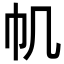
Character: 𢁒